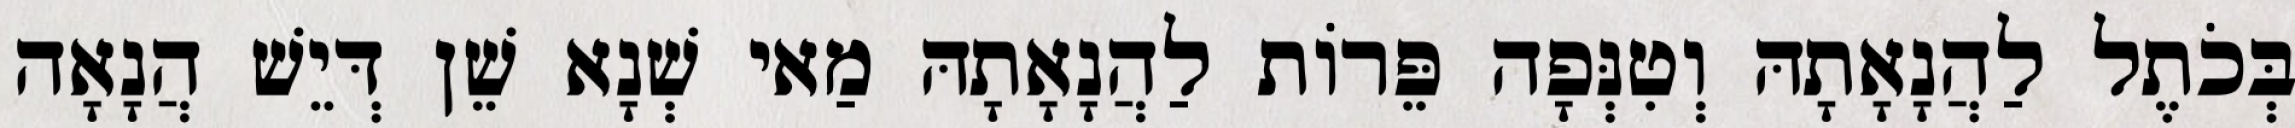
בְּכֹתֶל לַהֲנָאָתָהּ וְטִנְּפָה פֵּרוֹת לַהֲנָאָתָהּ מַאי שְׁנָא שֵׁן דְּיֵשׁ הֲנָאָה